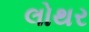
લોથર